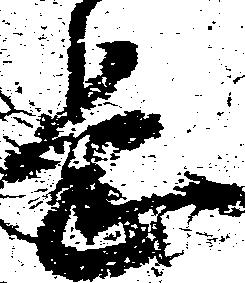
息